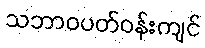
သဘာဝပတ်ဝန်းကျင်